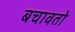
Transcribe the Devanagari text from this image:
बचावतो